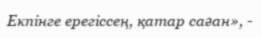
Екпінге ерегіссең, қатар саған», -